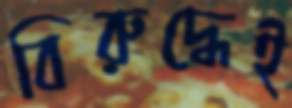
বিরুদ্ধেই